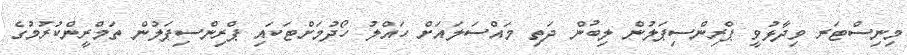
މިނިސްޓަރ ވިދާޅުވީ ޕްރިންސިޕަލުން ލިބުން ދަތި މައްސަލައަށް ހައްލު ހޯދުމަށްޓަކައި ޕްރިންސިޕަލުން ތަމްރީންކުރުމުގެ